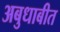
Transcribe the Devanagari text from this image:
अबुधाबीत